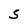
Character: S